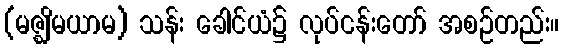
(မဇ္ဈိမယာမ) သန်း ခေါင်ယံ၌ လုပ်ငန်းတော် အစဉ်တည်း။